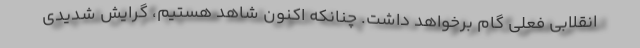
انقلابی فعلی گام برخواهد داشت. چنانکه اکنون شاهد هستیم، گرایش شدیدی